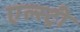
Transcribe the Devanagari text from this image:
एल्स्ट्री